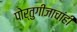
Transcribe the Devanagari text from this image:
पोर्तुगीजाचांही